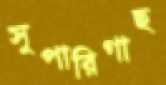
সুপারিগাছ